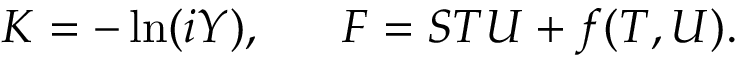
K = - \ln ( i Y ) , \; \; \; \; \; \; F = S T U + f ( T , U ) .